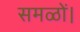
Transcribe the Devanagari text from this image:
समळों।